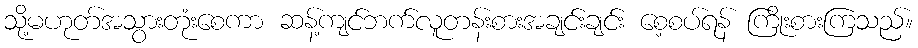
သို့မဟုတ်အသွားတုံးစေကာ ဆန့်ကျင်ဘက်လူတန်းစားအချင်းချင်း စေ့စပ်ရန် ကြိုးစားကြသည်။